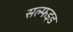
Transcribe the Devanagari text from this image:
सल्फइड